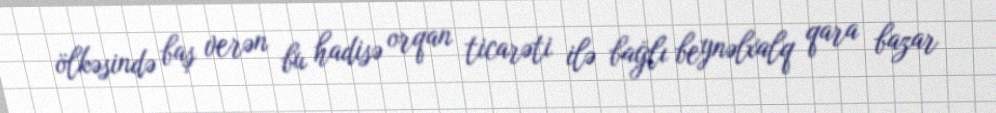
ölkəsində baş verən bu hadisə orqan ticarəti ilə bağlı beynəlxalq qara bazar